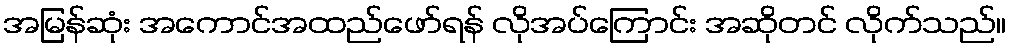
အမြန်ဆုံး အကောင်အထည်ဖော်ရန် လိုအပ်ကြောင်း အဆိုတင် လိုက်သည်။